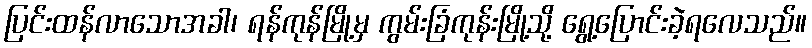
ပြင်းထန်လာသောအခါ၊ ရန်ကုန်မြို့မှ ကွမ်းခြံကုန်းမြို့သို့ ရွေ့ပြောင်းခဲ့ရလေသည်။